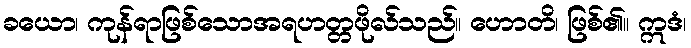
ခယော၊ ကုန်ရာဖြစ်သောအရဟတ္တဖိုလ်သည်။ ဟောတိ၊ ဖြစ်၏။ ဣဒံ၊